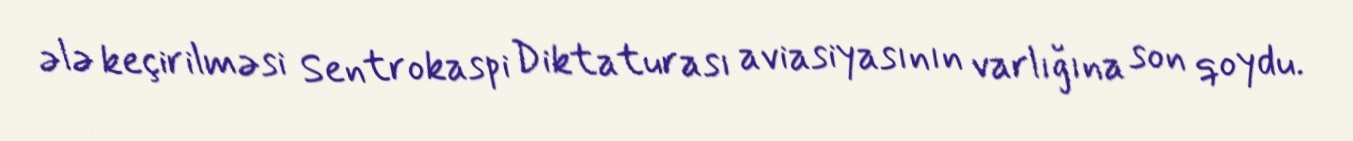
ələ keçirilməsi Sentrokaspi Diktaturası aviasiyasının varlığına son qoydu.